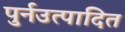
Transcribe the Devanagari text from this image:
पुर्नउत्पादित